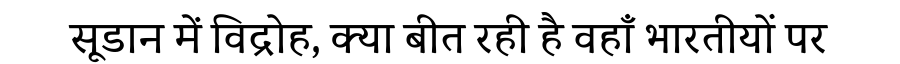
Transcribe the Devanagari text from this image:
सूडान में विद्रोह, क्या बीत रही है वहाँ भारतीयों पर